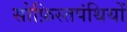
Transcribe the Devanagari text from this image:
सोफ़िस्तपंथियों